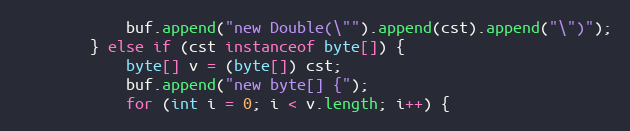
Language: Java
            buf.append("new Double(\"").append(cst).append("\")");
        } else if (cst instanceof byte[]) {
            byte[] v = (byte[]) cst;
            buf.append("new byte[] {");
            for (int i = 0; i < v.length; i++) {